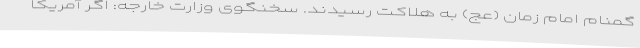
گمنام امام زمان (عج) به هلاکت رسیدند. سخنگوی وزارت خارجه: اگر آمریکا